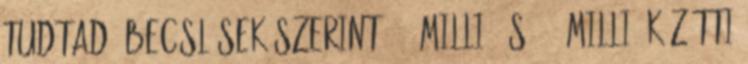
Tudtad? Becslések szerint 143 millió és 210 millió közötti